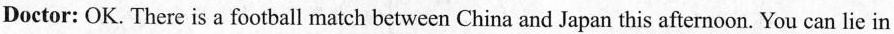
Doctor: OK. There is a football match between China and Japan this afternoon. You can lie in